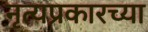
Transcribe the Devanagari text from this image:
नृत्यप्रकारच्या